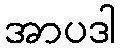
အာပဒါ